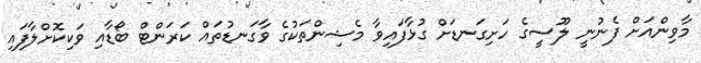
މާވިންއަށް ފެނުނީ ލޫސީގެ ހަށިގަނޑަށް ގުޅާފައިވާ މެޝިންތަކުގެ ވާގަނޑުތައް ކަރަންޓް ބޯޑާއި ވަކިކޮށްލާފައި